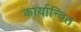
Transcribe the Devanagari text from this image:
कार्यान्‍वित